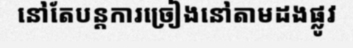
នៅតែបន្តការច្រៀងនៅតាមដងផ្លូវ